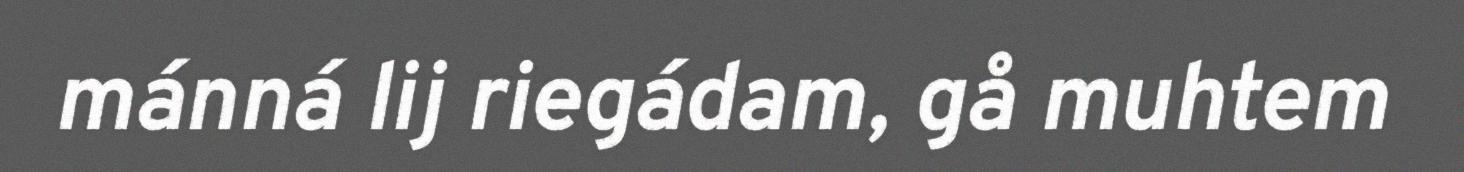
mánná lij riegádam, gå muhtem